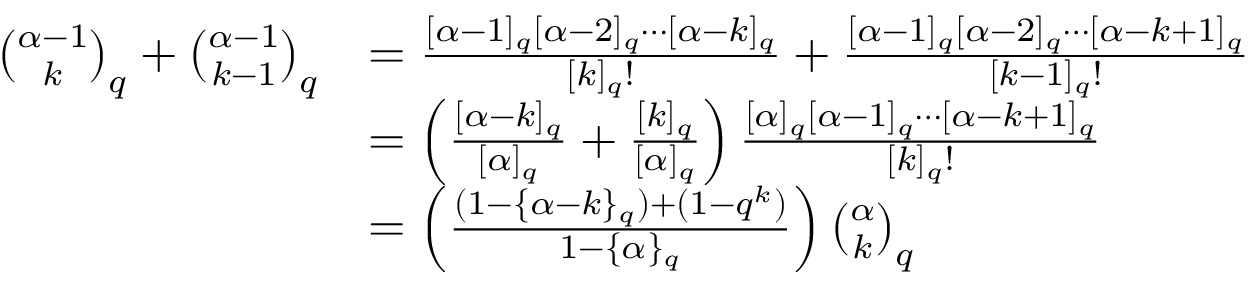
\begin{array} { r l } { \binom { \alpha - 1 } { k } _ { q } + \binom { \alpha - 1 } { k - 1 } _ { q } } & { = \frac { [ \alpha - 1 ] _ { q } [ \alpha - 2 ] _ { q } \cdots [ \alpha - k ] _ { q } } { [ k ] _ { q } ! } + \frac { [ \alpha - 1 ] _ { q } [ \alpha - 2 ] _ { q } \cdots [ \alpha - k + 1 ] _ { q } } { [ k - 1 ] _ { q } ! } } \\ & { = \left( \frac { [ \alpha - k ] _ { q } } { [ \alpha ] _ { q } } + \frac { [ k ] _ { q } } { [ \alpha ] _ { q } } \right) \frac { [ \alpha ] _ { q } [ \alpha - 1 ] _ { q } \cdots [ \alpha - k + 1 ] _ { q } } { [ k ] _ { q } ! } } \\ & { = \left( \frac { ( 1 - \{ \alpha - k \} _ { q } ) + ( 1 - q ^ { k } ) } { 1 - \{ \alpha \} _ { q } } \right) \binom { \alpha } { k } _ { q } } \end{array}